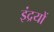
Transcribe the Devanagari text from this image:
इंद्रयों